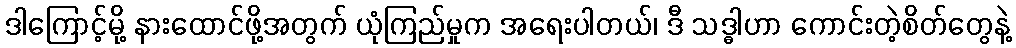
ဒါကြောင့်မို့ နားထောင်ဖို့အတွက် ယုံကြည်မှုက အရေးပါတယ်၊ ဒီ သဒ္ဓါဟာ ကောင်းတဲ့စိတ်တွေနဲ့